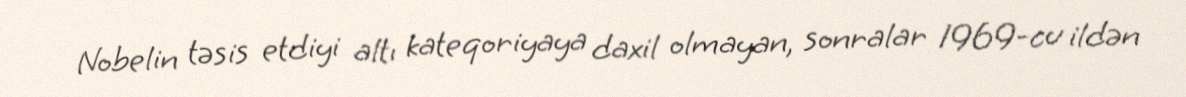
Nobelin təsis etdiyi altı kateqoriyaya daxil olmayan, sonralar 1969-cu ildən